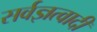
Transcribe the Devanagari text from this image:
सर्वज्ञत्वादी